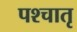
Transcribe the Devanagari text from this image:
पश्चातृ